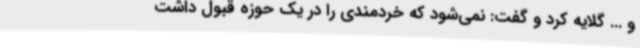
و ... گلایه کرد و گفت: نمی‌شود که خردمندی را در یک حوزه قبول داشت